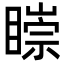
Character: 𥊠